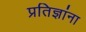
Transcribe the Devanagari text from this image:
प्रतिज्ञांना